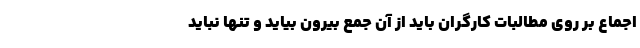
اجماع بر روی مطالبات کارگران باید از آن جمع بیرون بیاید و تنها نباید